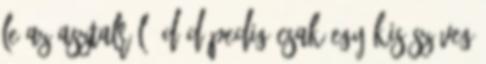
le az asztalról :D:D Pedig csak egy kis szöveg